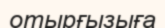
отырғызыға